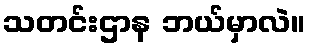
သတင်းဌာန ဘယ်မှာလဲ။